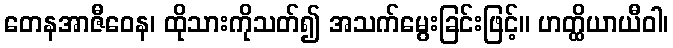
တေနအာဇီဝေန၊ ထိုသားကိုသတ်၍ အသက်မွေးခြင်းဖြင့်။ ဟတ္ထိယာယီဝါ၊